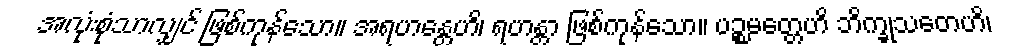
အလုံးစုံသာလျှင် ဖြစ်ကုန်သော။ အရဟန္တေဟိ၊ ရဟန္တာ ဖြစ်ကုန်သော။ ပဉ္စမတ္တေဟိ ဘိက္ခုသတေဟိ၊